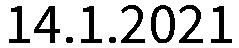
14.1.2021